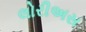
લોરીઅસ